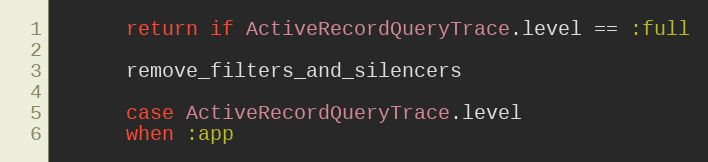
Language: Ruby
      return if ActiveRecordQueryTrace.level == :full

      remove_filters_and_silencers

      case ActiveRecordQueryTrace.level
      when :app